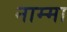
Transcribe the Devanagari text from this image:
नाम्मा